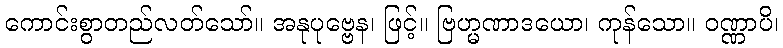
ကောင်းစွာတည်လတ်သော်။ အနုပုဗ္ဗေန၊ ဖြင့်။ ဗြဟ္မဏာဒယော၊ ကုန်သော။ ဝဏ္ဏာပိ၊